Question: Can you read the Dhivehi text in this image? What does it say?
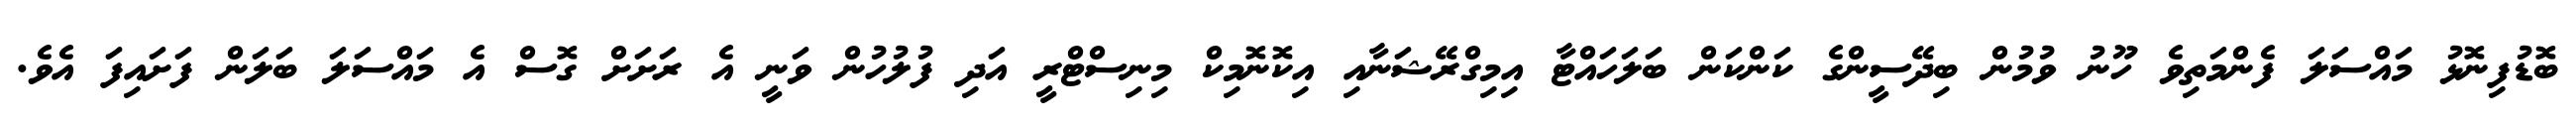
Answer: ބޮޑުފިނޮޅު މައްސަލަ ފެންމަތިވެ ހޫނު ވުމުން ބިދޭސީންގެ ކަންކަން ބަލަހައްޓާ އިމިގްރޭޝަނާއި އިކޮނޮމިކް މިނިސްޓްރީ އަދި ފުލުހުން ވަނީ އެ ރަށަށް ގޮސް އެ މައްސަލަ ބަލަން ފަށައިފަ އެވެ.